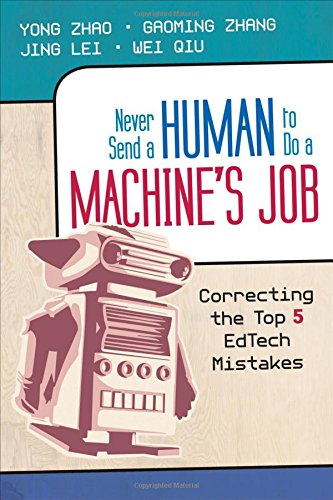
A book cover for Never Send a Human to Do a Machine's Job: Correcting the Top 5 EdTech Mistakes; Yong Zhao; Education & Teaching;